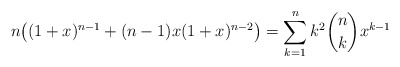
\begin{align*} n\big((1+x)^{n-1} + (n-1)x(1+x)^{n-2}\big) = \sum_{k=1}^n k^2\binom{n}{k}x^{k-1}\end{align*}